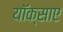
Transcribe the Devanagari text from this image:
यॉक्साए